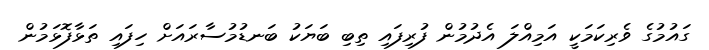
ގައުމުގެ ވެރިކަމަކީ އަމިއްލަ އެދުމުން ފުރިފައި ތިބި ބަޔަކު ބަނޑުމުސާރައަށް ހިފައި ތަޅާފޮޅަމުން